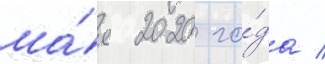
ма́я 2020 го́да /